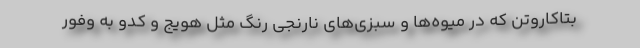
بتاکاروتن که در میوه‌ها و سبزی‌های نارنجی رنگ مثل هویج و کدو به وفور